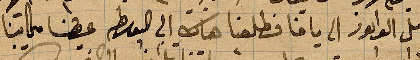
وصول الوابور الى يافا فطلعنا هناك الى ...